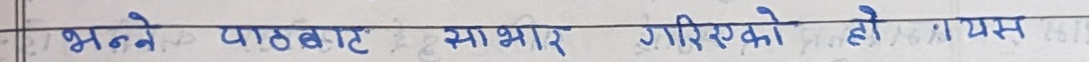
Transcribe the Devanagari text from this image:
भन्ने पाठबाट साभार गरिएको हो । यस